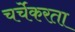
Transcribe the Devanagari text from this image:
चर्चेकरता